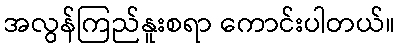
အလွန်ကြည်နူးစရာ ကောင်းပါတယ်။